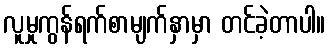
လူမှုကွန်ရက်စာမျက်နှာမှာ တင်ခဲ့တာပါ။